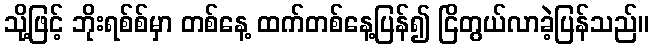
သို့ဖြင့် ဘိုးရစ်စ်မှာ တစ်နေ့ ထက်တစ်နေ့ပြန်၍ ငြိတွယ်လာခဲ့ပြန်သည်။